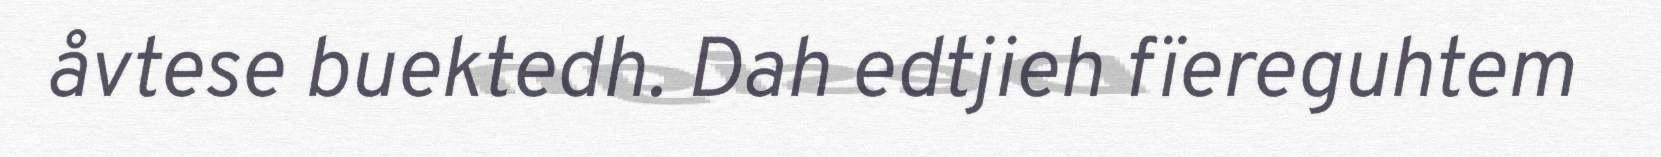
åvtese buektedh. Dah edtjieh fïereguhtem